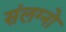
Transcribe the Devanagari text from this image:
संलग्नो